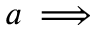
a \implies